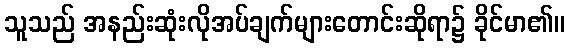
သူသည် အနည်းဆုံးလိုအပ်ချက်များတောင်းဆိုရာ၌ ခိုင်မာ၏။